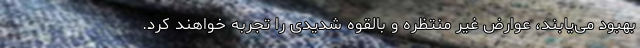
بهبود می‌یابند، عوارض غیر منتظره و بالقوه شدیدی را تجربه خواهند کرد.